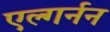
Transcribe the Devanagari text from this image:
एल्गर्नन